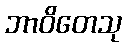
ဘာဝိတေသု